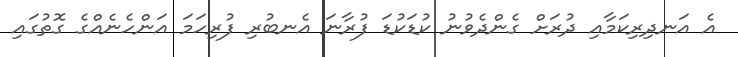
އެ އަނދިރިކަމާއި ދުރަށް ގެންދެވުނު ކުޑަކުޑަ ފުރާނަ އެނބުރި ފުރިހަމަ އަންހެނެއްގެ ގޮތުގައި